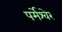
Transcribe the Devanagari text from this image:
पर्मेश्वेर